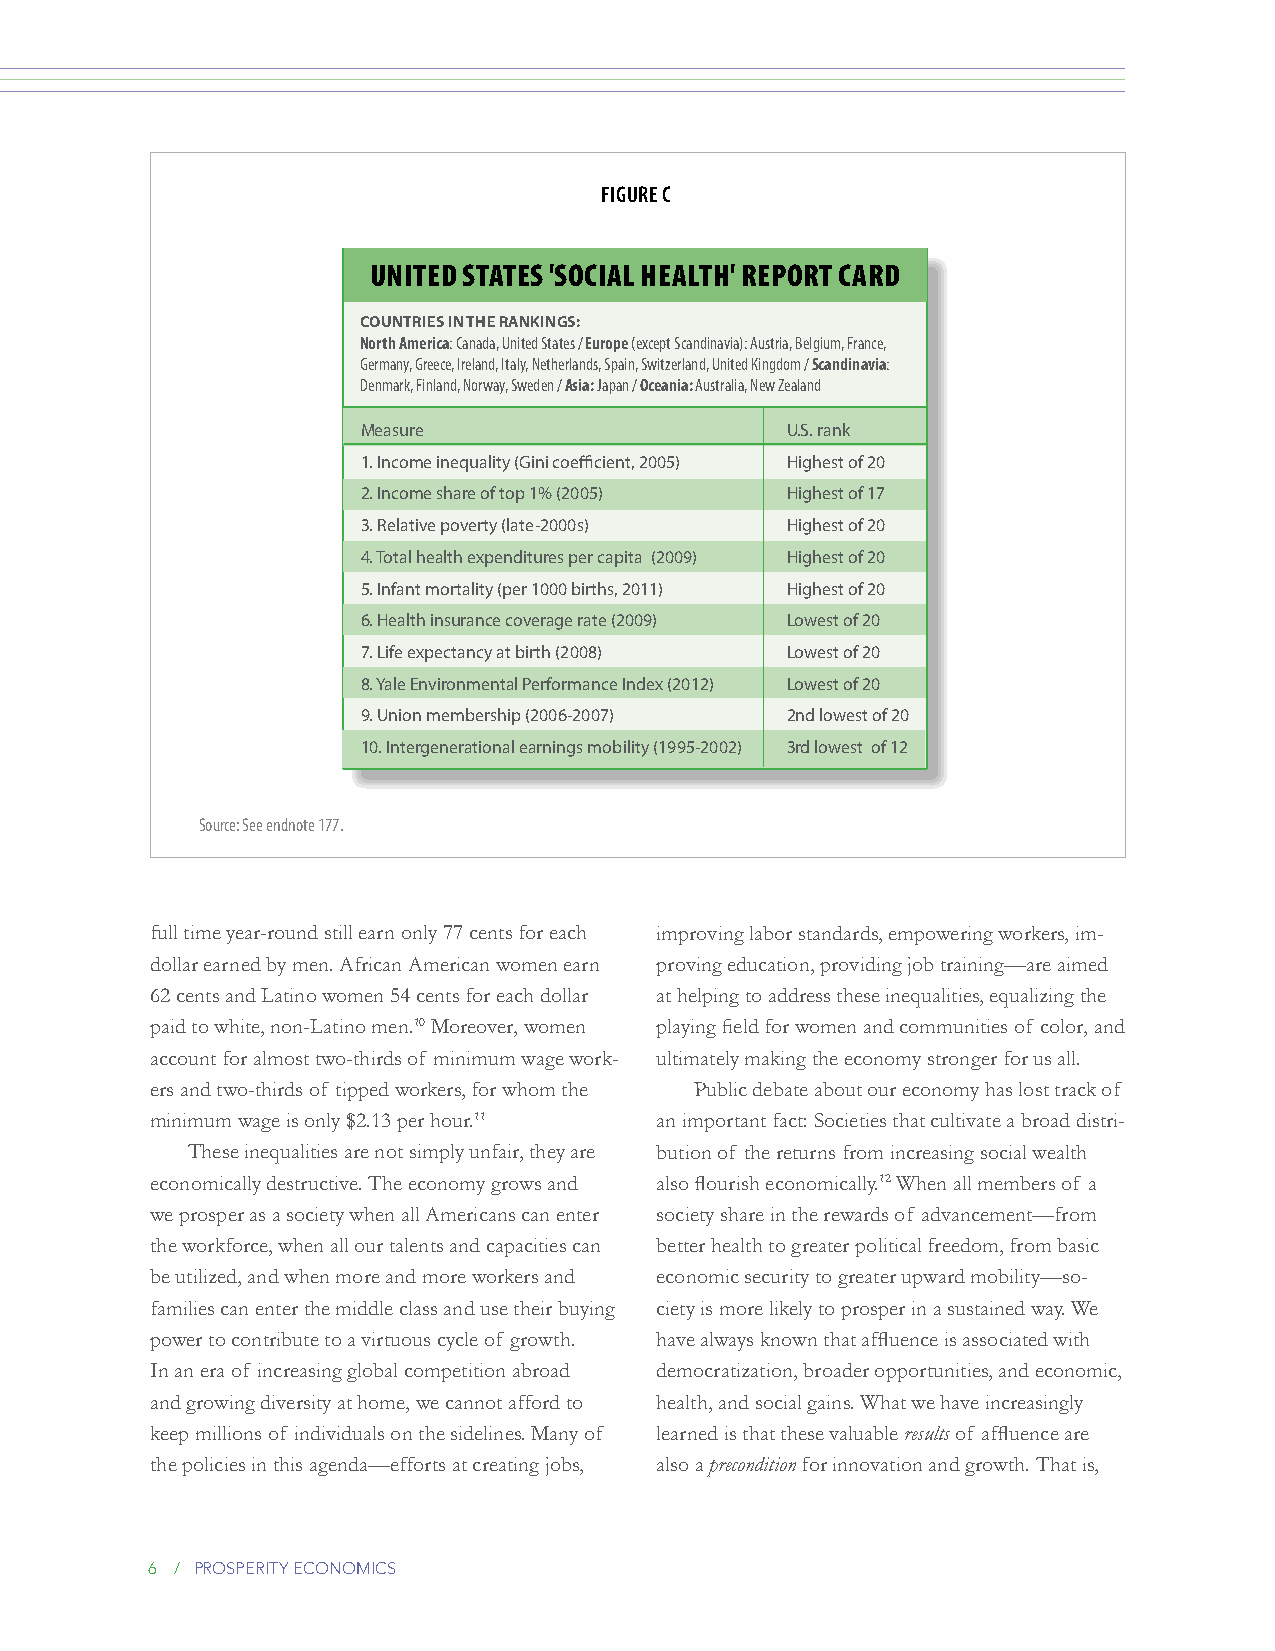
Figure C
 United StateS 'Social health' report card
 COuNTRiEs iN ThE RANkiNgs:
 North America: Canada, United States / Europe (except Scandinavia): Austria, Belgium, France,
 Germany, Greece, Ireland, Italy, Netherlands, Spain, Switzerland, United Kingdom / Scandinavia:
 Denmark, Finland, Norway, Sweden / Asia: Japan / Oceania: Australia, New Zealand
 Measure                     U.S. rank
 1. Income inequality (Gini coefficient, 2005) Highest of 20
 2. Income share of top 1% (2005) Highest of 17
 3. Relative poverty (late-2000s) Highest of 20
 4. Total health expenditures per capita (2009) Highest of 20
 5. Infant mortality (per 1000 births, 2011) Highest of 20
 6. Health insurance coverage rate (2009) Lowest of 20
 7. Life expectancy at birth (2008) Lowest of 20
 8. Yale Environmental Performance Index (2012) Lowest of 20
 9. Union membership (2006-2007) 2nd lowest of 20
 10. Intergenerational earnings mobility (1995-2002) 3rd lowest of 12
 Source: See endnote 177.
 full time year-round still earn only 77 cents for each improving labor standards, empowering workers, im-
 dollar earned by men. African American women earn proving education, providing job training—are aimed
 62 cents and Latino women 54 cents for each dollar at helping to address these inequalities, equalizing the
 paid to white, non-Latino men.10 Moreover, women playing field for women and communities of color, and
 account for almost two-thirds of minimum wage work- ultimately making the economy stronger for us all.
 ers and two-thirds of tipped workers, for whom the Public debate about our economy has lost track of
 minimum wage is only $2.13 per hour.11 an important fact: Societies that cultivate a broad distri-
 These inequalities are not simply unfair, they are bution of the returns from increasing social wealth
 economically destructive. The economy grows and also flourish economically.12 When all members of a
 we prosper as a society when all Americans can enter society share in the rewards of advancement—from
 the workforce, when all our talents and capacities can better health to greater political freedom, from basic
 be utilized, and when more and more workers and economic security to greater upward mobility—so-
 families can enter the middle class and use their buying ciety is more likely to prosper in a sustained way. We
 power to contribute to a virtuous cycle of growth. have always known that affluence is associated with
 In an era of increasing global competition abroad democratization, broader opportunities, and economic,
 and growing diversity at home, we cannot afford to health, and social gains. What we have increasingly
 keep millions of individuals on the sidelines. Many of learned is that these valuable results of affluence are
 the policies in this agenda—efforts at creating jobs, also a precondition for innovation and growth. That is,
 6 / prosperity economics